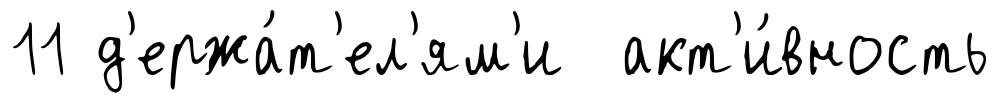
11 д'ержа́т'ел'ям'и акт'и́вность